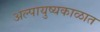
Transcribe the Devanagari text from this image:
अल्पायुष्यकाळात